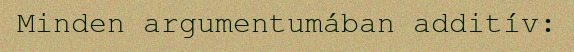
Minden argumentumában additív: